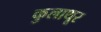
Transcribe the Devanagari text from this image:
कुलाथूर